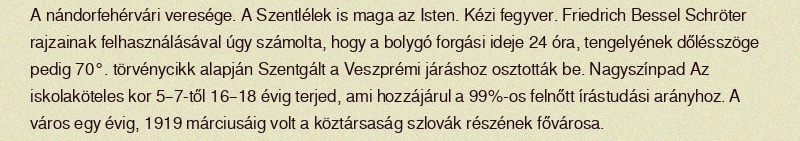
A nándorfehérvári veresége. A Szentlélek is maga az Isten. Kézi fegyver. Friedrich Bessel Schröter rajzainak felhasználásával úgy számolta, hogy a bolygó forgási ideje 24 óra, tengelyének dőlésszöge pedig 70°. törvénycikk alapján Szentgált a Veszprémi járáshoz osztották be. Nagyszínpad Az iskolaköteles kor 5–7-től 16–18 évig terjed, ami hozzájárul a 99%-os felnőtt írástudási arányhoz. A város egy évig, 1919 márciusáig volt a köztársaság szlovák részének fővárosa.